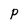
Character: P